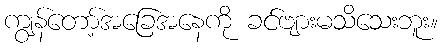
ကျွန်တော့်အခြေအနေကို ခင်ဗျားမသိသေးဘူး။